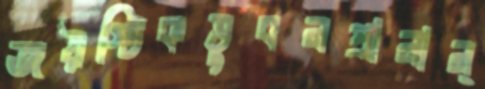
জয়স্টিকভুবনপ্রানান্